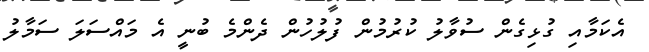
އެކަމާއި ގުޅިގެން ސުވާލު ކުރުމުން ފުލުހުން ދެންމެ ބުނީ އެ މައްސަލަ ސަމާލު